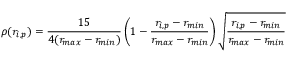
\rho ( r _ { i , p } ) = \frac { 1 5 } { 4 ( r _ { m a x } - r _ { m i n } ) } \left( 1 - \frac { r _ { i , p } - r _ { m i n } } { r _ { m a x } - r _ { m i n } } \right) \sqrt { \frac { r _ { i , p } - r _ { m i n } } { r _ { m a x } - r _ { m i n } } }